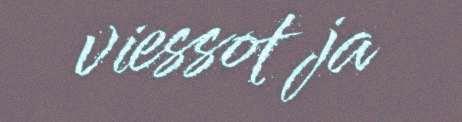
viessot ja